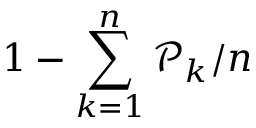
1 - \sum _ { k = 1 } ^ { n } \mathcal { P } _ { k } / n